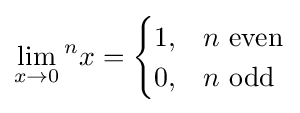
\lim _{x\rightarrow 0}{}^{n}x={\begin{cases}1,&n{\text{ even}}\\0,&n{\text{ odd}}\end{cases}}